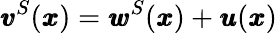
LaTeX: {\pmb v}^{S}({\pmb x})={\pmb w}^{S}({\pmb x})+{\pmb u}({\pmb x})